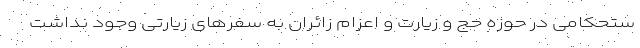
ستحکامی در حوزه حج و زیارت و اعزام زائران به سفرهای زیارتی وجود نداشت